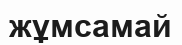
жұмсамай